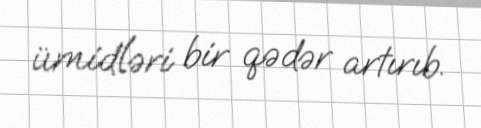
ümidləri bir qədər artırıb.